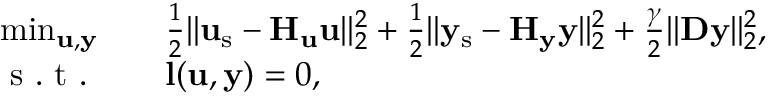
\begin{array} { r l } { \operatorname* { m i n } _ { \mathbf { u } , \mathbf { y } } \quad } & { { } \frac { 1 } { 2 } \| \mathbf { u } _ { \mathrm { s } } - \mathbf { H } _ { \mathbf { u } } \mathbf { u } \| _ { 2 } ^ { 2 } + \frac { 1 } { 2 } \| \mathbf { y } _ { \mathrm { s } } - \mathbf { H } _ { \mathbf { y } } \mathbf { y } \| _ { 2 } ^ { 2 } + \frac { \gamma } { 2 } \| \mathbf { D } \mathbf { y } \| _ { 2 } ^ { 2 } , } \\ { \mathrm { ~ s ~ . ~ t ~ . ~ } \quad } & { { } \mathbf { l } ( \mathbf { u } , \mathbf { y } ) = 0 , } \end{array}